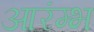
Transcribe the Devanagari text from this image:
आरंम्भ